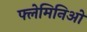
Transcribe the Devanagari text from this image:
फ्लेमिनिओ